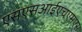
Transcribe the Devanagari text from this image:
एसएसआईएचएमएस